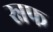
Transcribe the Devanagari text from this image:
स्नफ